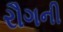
રૌગની